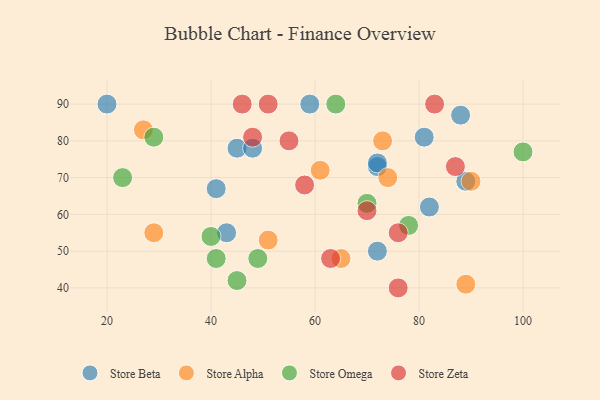
{"axis": {"x": "GDP", "y": "Life Expectancy"}, "legend": ["Store Alpha", "Store Beta", "Store Omega", "Store Zeta"], "data": [{"x": "88", "y": 87, "type": "Store Beta"}, {"x": "72", "y": 73, "type": "Store Beta"}, {"x": "89", "y": 69, "type": "Store Beta"}, {"x": "72", "y": 74, "type": "Store Beta"}, {"x": "41", "y": 67, "type": "Store Beta"}, {"x": "43", "y": 55, "type": "Store Beta"}, {"x": "45", "y": 78, "type": "Store Beta"}, {"x": "82", "y": 62, "type": "Store Beta"}, {"x": "72", "y": 50, "type": "Store Beta"}, {"x": "48", "y": 78, "type": "Store Beta"}, {"x": "81", "y": 81, "type": "Store Beta"}, {"x": "20", "y": 90, "type": "Store Beta"}, {"x": "59", "y": 90, "type": "Store Beta"}, {"x": "90", "y": 69, "type": "Store Alpha"}, {"x": "73", "y": 80, "type": "Store Alpha"}, {"x": "89", "y": 41, "type": "Store Alpha"}, {"x": "61", "y": 72, "type": "Store Alpha"}, {"x": "51", "y": 53, "type": "Store Alpha"}, {"x": "27", "y": 83, "type": "Store Alpha"}, {"x": "29", "y": 55, "type": "Store Alpha"}, {"x": "74", "y": 70, "type": "Store Alpha"}, {"x": "65", "y": 48, "type": "Store Alpha"}, {"x": "23", "y": 70, "type": "Store Omega"}, {"x": "100", "y": 77, "type": "Store Omega"}, {"x": "78", "y": 57, "type": "Store Omega"}, {"x": "41", "y": 48, "type": "Store Omega"}, {"x": "49", "y": 48, "type": "Store Omega"}, {"x": "29", "y": 81, "type": "Store Omega"}, {"x": "40", "y": 54, "type": "Store Omega"}, {"x": "45", "y": 42, "type": "Store Omega"}, {"x": "70", "y": 63, "type": "Store Omega"}, {"x": "64", "y": 90, "type": "Store Omega"}, {"x": "76", "y": 40, "type": "Store Zeta"}, {"x": "58", "y": 68, "type": "Store Zeta"}, {"x": "55", "y": 80, "type": "Store Zeta"}, {"x": "83", "y": 90, "type": "Store Zeta"}, {"x": "63", "y": 48, "type": "Store Zeta"}, {"x": "48", "y": 81, "type": "Store Zeta"}, {"x": "46", "y": 90, "type": "Store Zeta"}, {"x": "87", "y": 73, "type": "Store Zeta"}, {"x": "70", "y": 61, "type": "Store Zeta"}, {"x": "76", "y": 55, "type": "Store Zeta"}, {"x": "51", "y": 90, "type": "Store Zeta"}]}